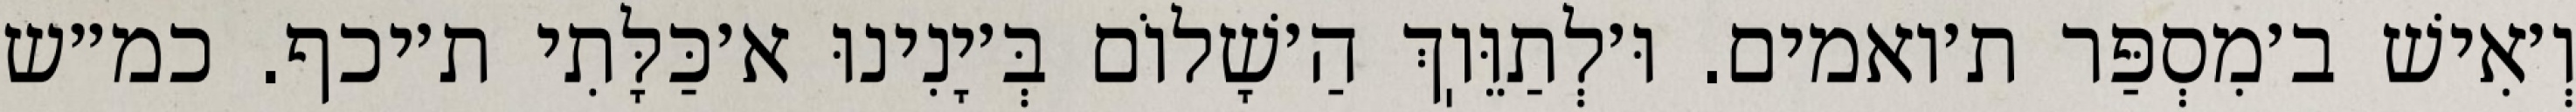
וְ׳אִישׁ ב׳מִסְפַּר ת׳ואמים. וּ׳לְתַוֵּוֽךְ הַ׳שָׁלוֹם בְּ׳יָנִינוּ א׳כַּלָּתִי ת׳יכף. כמ״ש